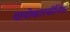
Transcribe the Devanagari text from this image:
थायोकारबॉनिक